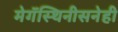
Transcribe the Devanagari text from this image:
मेगॅस्थिनीसनेही